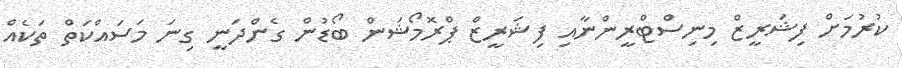
ކުރުމަށް ފިޝަރީޒް މިނިސްޓްރީންނާއި ފިޝަރީޒް ޕްރޮމޯޝަން ބޯޑުން ގެންދަނީ ގިނަ މަސައްކަތް ތަކެއް